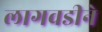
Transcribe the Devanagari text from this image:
लागवडीने